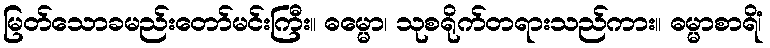
မြတ်သောခမည်းတော်မင်းကြီး။ ဓမ္မော၊ သုစရိုက်တရားသည်ကား။ ဓမ္မာစာရိံ၊